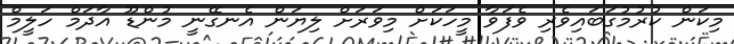
މިކަން ކުރުމުގަބައިވެރި ވެފަވާ މީހަކަށް މިވަރަށް ލިޔަން އެނގޭނީ މުންޑޫ އާދަމް ހަލީމް